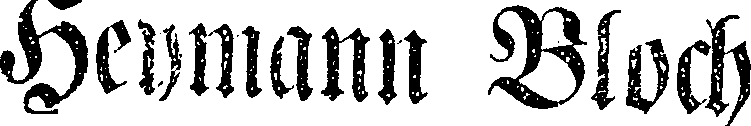
Heyman Bloch